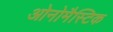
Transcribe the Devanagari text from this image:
ओनोमैस्टिक